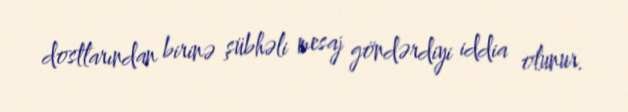
dostlarından birinə şübhəli mesaj göndərdiyi iddia olunur.